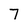
Character: 7